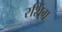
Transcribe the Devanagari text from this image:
रशिंग